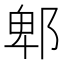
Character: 郫